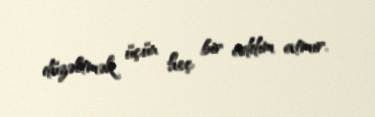
düzəltmək üçün heç bir addım atmır.